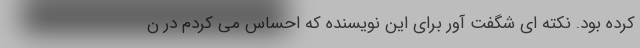
کرده بود. نکته ای شگفت آور برای این نویسنده که احساس می کردم در ن